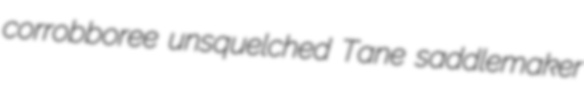
corrobboree unsquelched Tane saddlemaker